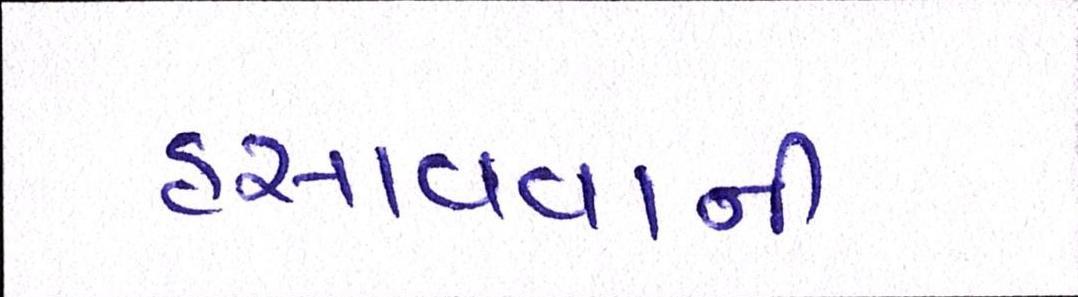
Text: હસાવવાની